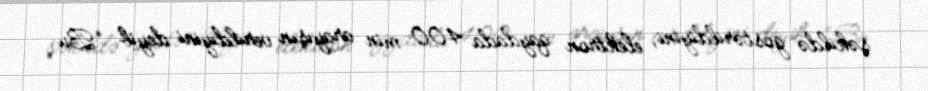
şəkildə göstərildiyini, elektron qaydada 400 min arayışın verildiyini deyib: “Bu